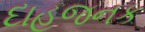
દાહજનક